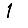
Digit: 1